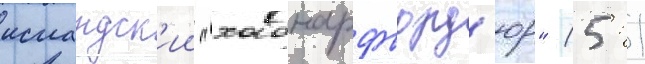
исландск'ии "хабнарфьорд'юр" (5: 1